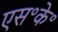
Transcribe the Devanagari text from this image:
एस॰के॰